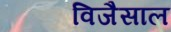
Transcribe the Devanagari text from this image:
विजैसाल